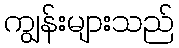
ကျွန်းများသည်